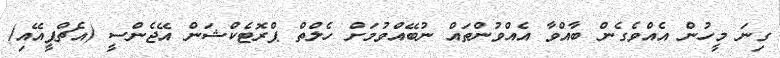
ގިނަ މީހުން އެއްވެގެން ބާއްވާ އެއްވުންތައް ނުބޭއްވުމަށް ހެލްތް ޕްރޮޓެކްޝަން އޭޖެންސީ (އެޗްޕީއޭއި)